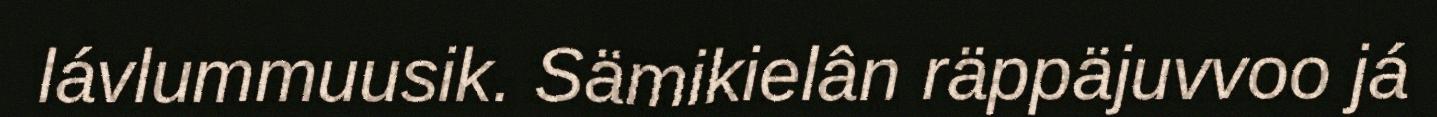
lávlummuusik. Sämikielân räppäjuvvoo já